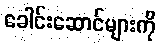
ခေါင်းဆောင်များကို